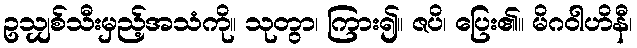
ဥသျှစ်သီးမှည့်အသံကို။ သုတွာ၊ ကြား၍။ ဇပိ၊ ပြေး၏။ မိဂဝါဟိနီ၊